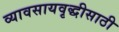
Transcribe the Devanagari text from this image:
व्यावसायवृद्धीसाठी